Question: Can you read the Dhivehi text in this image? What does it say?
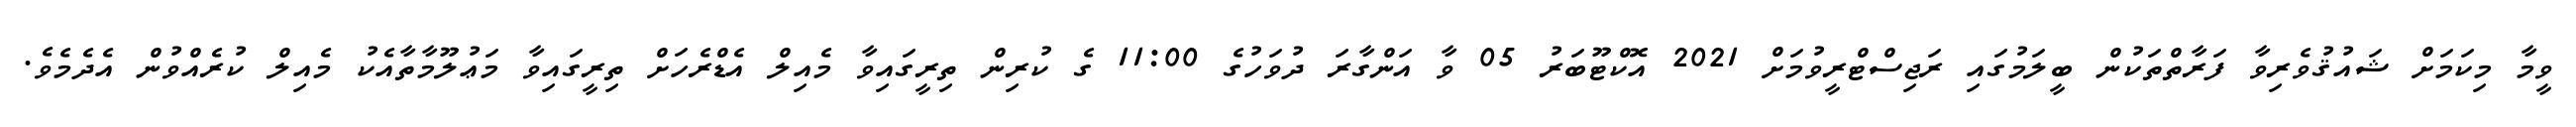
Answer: ވީމާ މިކަމަށް ޝައުޤުވެރިވާ ފަރާތްތަކުން ބީލަމުގައި ރަޖިސްޓްރީވުމަށް 2021 އޮކްޓޫބަރު 05 ވާ އަންގާރަ ދުވަހުގެ 11:00 ގެ ކުރިން ތިރީގައިވާ މެއިލް އެޑްރެހަށް ތިރީގައިވާ މަޢުލޫމާތާއެކު މެއިލް ކުރެއްވުން އެދެމެވެ.